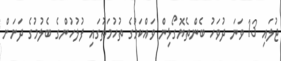
ޖުލައި 13 ވަނަ ދުވަހު ބެންތެޔޮގޯޅިން ވައްކަމުގެ ތުހުމަތުގައި ފުލުުހުންގެ ބެލުމުގެ ދަށަށް